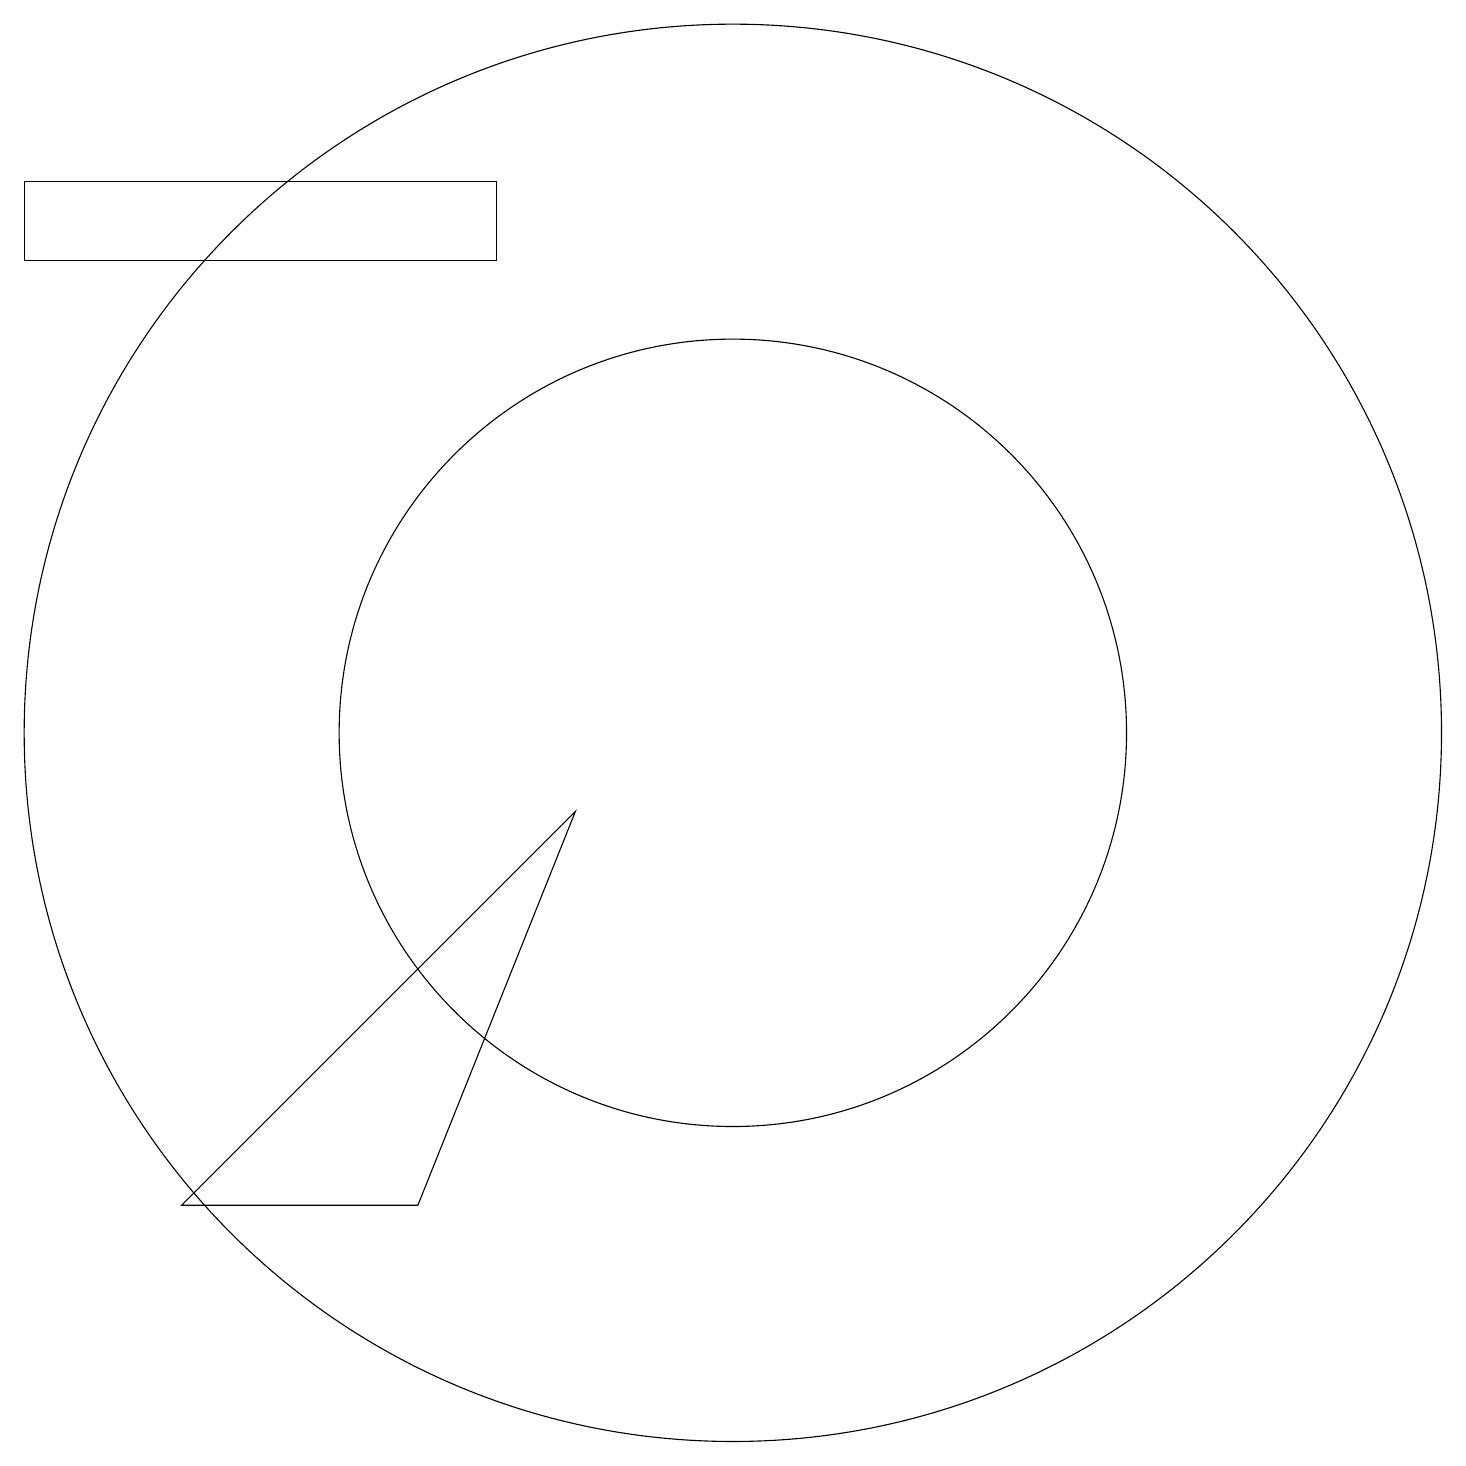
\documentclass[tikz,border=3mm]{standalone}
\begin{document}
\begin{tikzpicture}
\draw (10,10) circle (9);
\draw (7,16) rectangle (1,17);
\draw (3,4) -- (8,9) -- (6,4) -- cycle;
\draw (10,10) circle (5);
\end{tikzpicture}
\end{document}